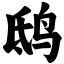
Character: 鸱